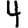
Digit: 4